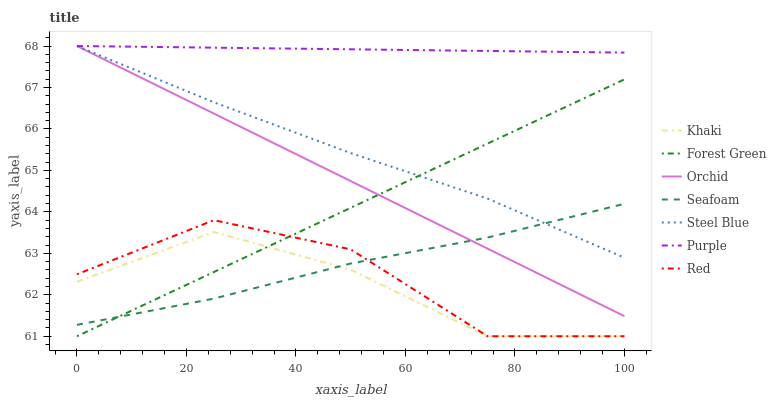
| xaxis_label | Khaki | Forest Green | Orchid | Seafoam | Steel Blue | Purple | Red |
 | --- | --- | --- | --- | --- | --- | --- | --- |
 | 0 | 62.3 | 61 | 68 | 61.3 | 68 | 68 | 62.5 |
 | 25 | 63.5 | 62.5 | 66.4 | 61.9 | 66.6 | 68 | 63.8 |
 | 50 | 62.6 | 64.1 | 64.7 | 62.8 | 65.4 | 67.9 | 63.1 |
 | 75 | 61 | 65.6 | 63.1 | 63.4 | 64.3 | 67.9 | 61 |
 | 100 | 61 | 67.2 | 61.5 | 64.2 | 62.9 | 67.8 | 61 |